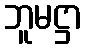
ဘူမဋ္ဌာ